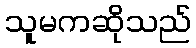
သူမကဆိုသည်